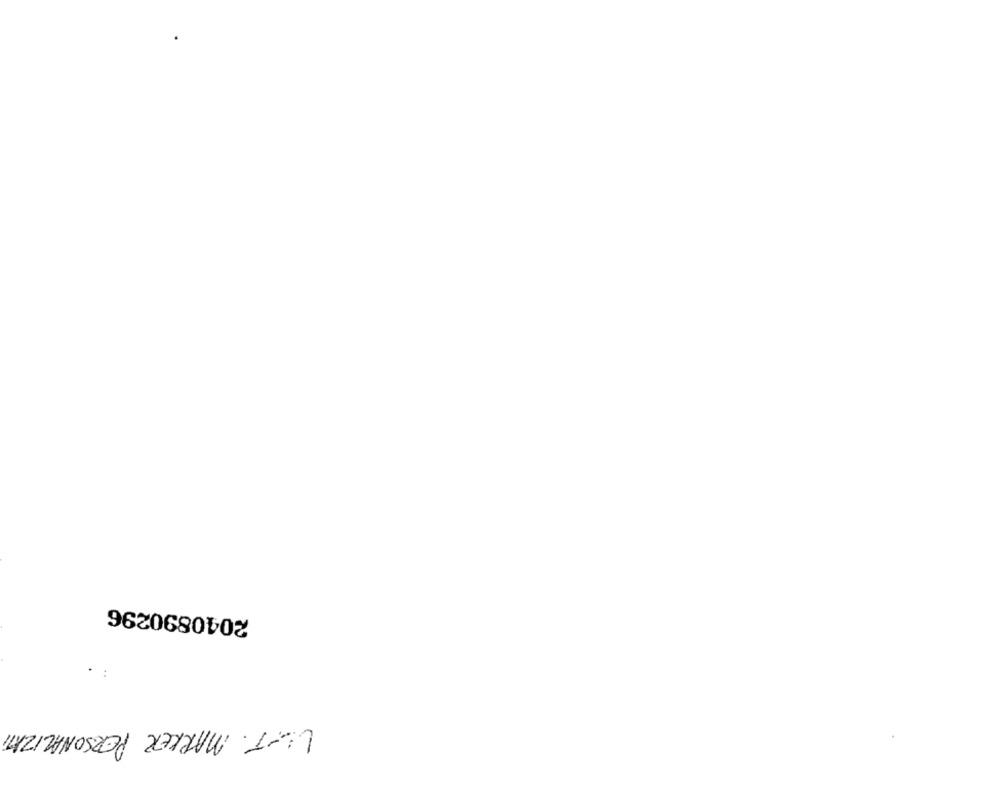
2040890296
LUT. MARKER PERSONALIZATI